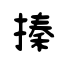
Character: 搸